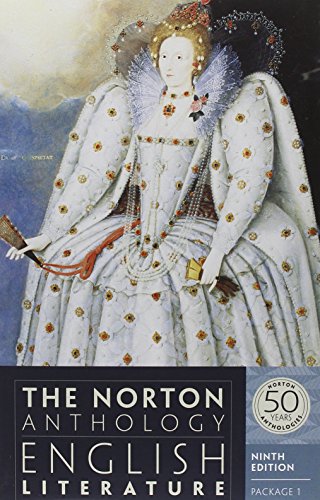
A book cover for The Norton Anthology of English Literature (Ninth Edition)  (Vol. Package 1: A, B, C); M. H. Abrams; Literature & Fiction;